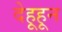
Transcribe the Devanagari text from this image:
देहूहून